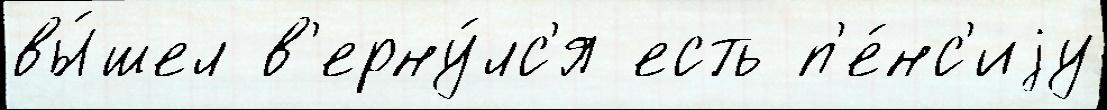
вы́шел в'ерну́лс'я есть п'е́нс'иjу